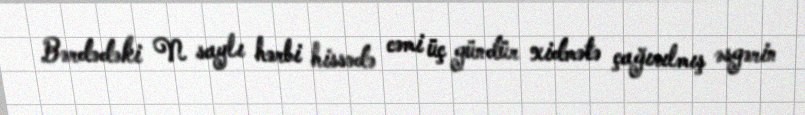
Bərdədəki N saylı hərbi hissədə cəmi üç gündür xidmətə çağırılmış əsgərin